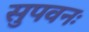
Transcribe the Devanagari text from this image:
सुपवनः